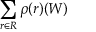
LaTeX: \sum _ { r \in R } \rho ( r ) ( W )